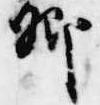
卿